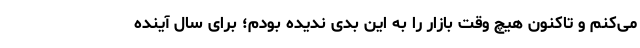
می‌کنم و تاکنون هیچ وقت بازار را به این بدی ندیده بودم؛ برای سال آینده